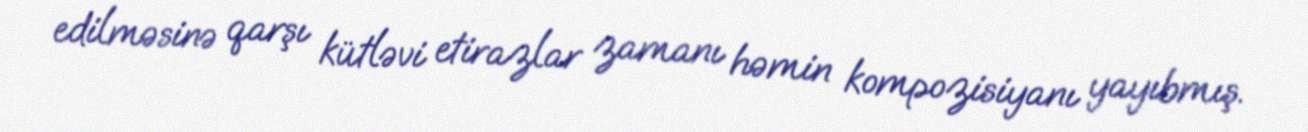
edilməsinə qarşı kütləvi etirazlar zamanı həmin kompozisiyanı yayıbmış.